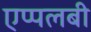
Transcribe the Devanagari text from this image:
एप्पलबी